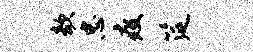
欹忠疫筵